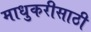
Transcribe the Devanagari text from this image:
माधुकरीसाठी